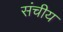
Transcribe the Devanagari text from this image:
संचीय